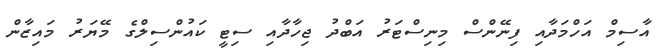
އާސިމް އަހްމަދާއި ފިނޭންސް މިނިސްޓަރު އަބްދު ޖިހާދާއި ސިޓީ ކައުންސިލްގެ މޭޔަރު މައިޒާން